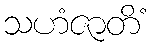
သဟံဇာတိံ